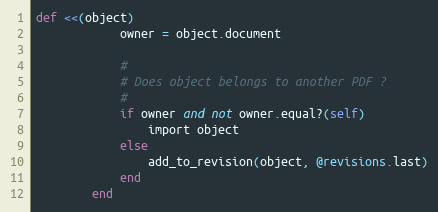
Language: Ruby
def <<(object)
            owner = object.document

            #
            # Does object belongs to another PDF ?
            #
            if owner and not owner.equal?(self)
                import object
            else
                add_to_revision(object, @revisions.last)
            end
        end